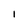
Character: I